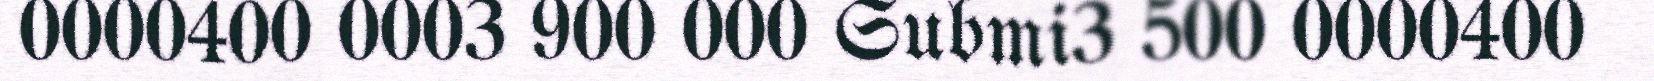
0000400 0003 900 000 Submi3 500 0000400